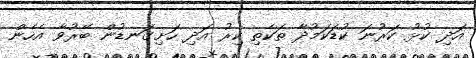
އަދި ކުޅު ކަރުނަ ކުޑަކަމުދާ ތަކެތި ކިރު އަދި ހަށިގަނޑުން ބޭރުވާ އެހެން